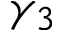
\gamma _ { 3 }